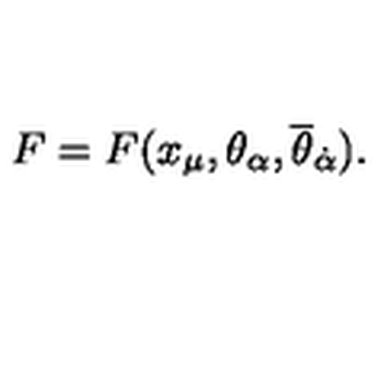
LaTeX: F = F ( x _ { \mu } , \theta _ { \alpha } , { \overline { \theta } } _ { \dot { \alpha } } ) .